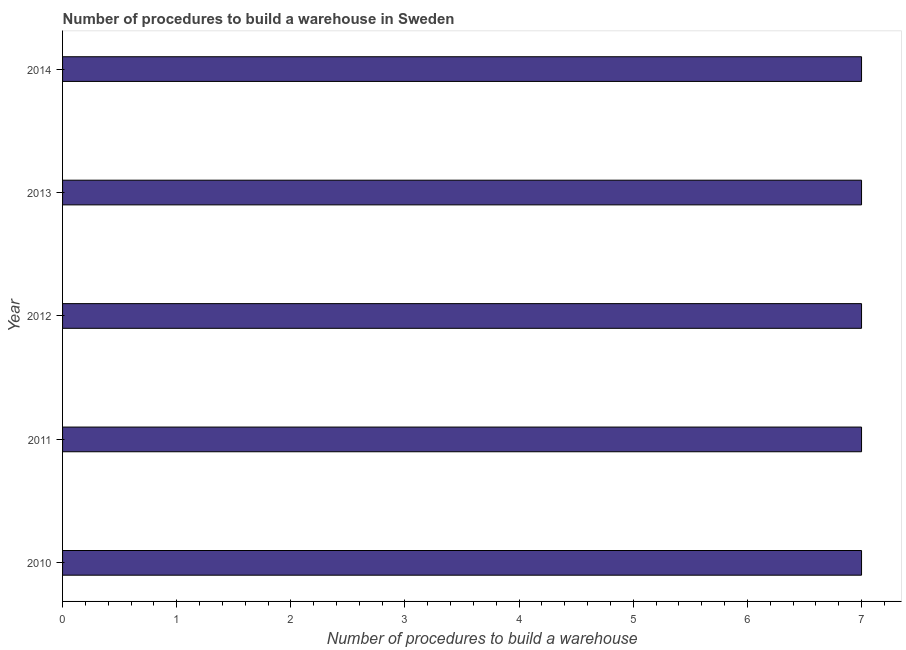
| Year | Build a warehouse |
 | --- | --- |
 | 2010 | 7 |
 | 2011 | 7 |
 | 2012 | 7 |
 | 2013 | 7 |
 | 2014 | 7 |